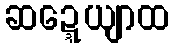
ဆဍ္ဍေယျာထ